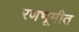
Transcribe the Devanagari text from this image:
रणभूमीत